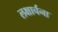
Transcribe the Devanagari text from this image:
लक्षार्चना